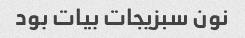
نون سبزیجات بیات بود